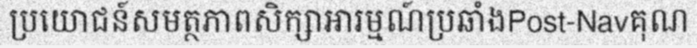
ប្រយោជន៍សមត្ថភាពសិក្សាអារម្មណ៍ប្រឆាំងPost-Navគុណ